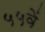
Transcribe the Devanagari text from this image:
५५वें